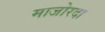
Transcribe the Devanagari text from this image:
माजोरदा